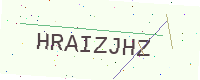
Text: HRAIZJHZ